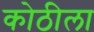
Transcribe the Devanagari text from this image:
कोठीला